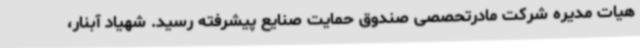
هیات مدیره شرکت مادرتحصصی صندوق حمایت صنایع پیشرفته رسید. شهیاد آبنار،